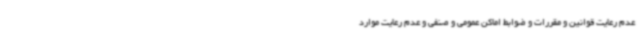
عدم رعایت قوانین و مقررات و ضوابط اماکن عمومی و صنفی و عدم رعایت موارد